Sketch of the medical history of the native army of Bombay, for the year
Year: 1876
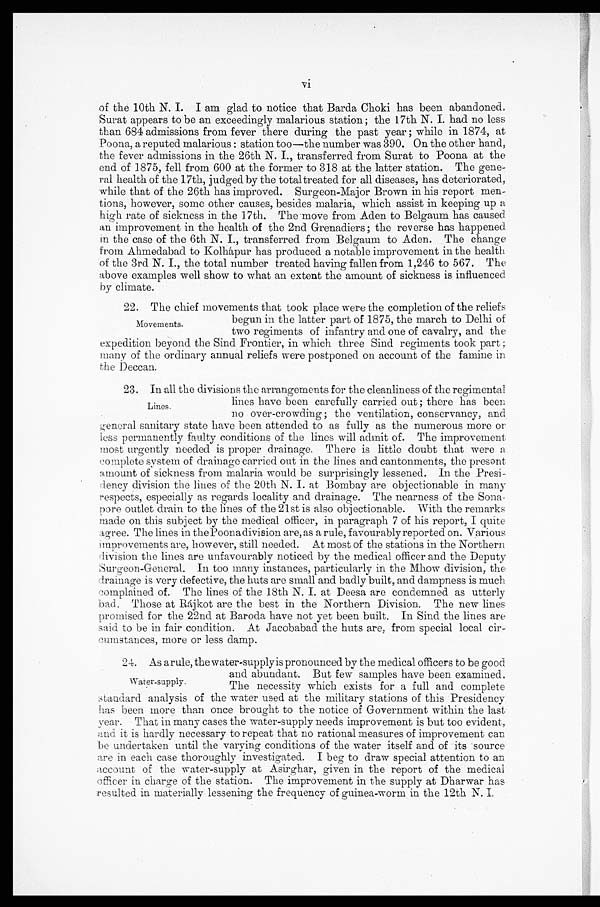
vi
of the 10th N. I. I am glad to notice that Barda Choki has been abandoned.
Surat appears to be an exceedingly malarious station; the 17th N. I. had no less
than 684 admissions from fever there during the past year ; while in 1874, at
Poona, a reputed malarious : station too—the number was 390. On the other hand,
the fever admissions in the 26th N. I., transferred from Surat to Poona at the
end of 1875, fell from 600 at the former to 318 at the latter station. The gene
-ral health of the 17th, judged by the total treated for all diseases, has deteriorated,
while that of the 26th has improved. Surgeon-Major Brown in his report men
-tions, however, some other causes, besides malaria, which assist in keeping up a
high rate of sickness in the 17th. The move from Aden to Belgaum has caused
an improvement in the health of the 2nd Grenadiers; the reverse has happened
in the case of the 6th N. I., transferred from Belgaum to Aden. The change
from Ahmedabad to Kolhápur has produced a notable improvement in the health
of the 3rd N. I., the total number treated having fallen from 1,246 to 567. The
above examples well show to what an extent the amount of sickness is influenced
by climate.
22. The chief movements that took place were the completion of the reliefs
begun in the latter part of 1875, the march to Delhi of
two regiments of infantry and one of cavalry, and the
expedition beyond the Sind Frontier, in which three Sind regiments took part ;
many of the ordinary annual reliefs were postponed on account of the famine in
the Deccan.
23. In all the divisions the arrangements for the cleanliness of the regimental
lines have been carefully carried out ; there has been
no over-crowding ; the ventilation, conservancy, and
general sanitary state have been attended to as fully as the numerous more or
less permanently faulty conditions of the lines will admit of. The improvement
most urgently needed is proper drainage. There is little doubt that were a
complete system of drainage carried out in the lines and cantonments, the present
amount of sickness from malaria would be surprisingly lessened. In the Presi
-dency division the lines of the 20th N. I. at Bombay are objectionable in many
respects, especially as regards locality and drainage. The nearness of the Sona
-pore outlet drain to the lines of the 21st is also objectionable. With the remarks
made on this subject by the medical officer, in paragraph 7 of his report, I quite
agree. The lines in the Poona division are, as a rule, favourably reported on. Various
improvements are, however, still needed. At most of the stations in the Northern
division the lines are unfavourably noticed by the medical officer and the Deputy
Surgeon-General. In too many instances, particularly in the Mhow division, the
drainage is very defective, the huts are small and badly built, and dampness is much
complained of. The lines of the 18th N. I. at Deesa are condemned as utterly
bad. Those at Rájkot are the best in the Northern Division. The new lines
promised for the 22nd at Baroda have not yet been built. In Sind the lines are
said to be in fair condition. At Jacobabad the huts are, from special local cir
-cumstances, more or less damp.
24. As a rule, the water-supply is pronounced by the medical officers to be good
and abundant. But few samples have been examined.
The necessity which exists for a full and complete
standard analysis of the water used at the military stations of this Presidency
has been more than once brought to the notice of Government within the last
year. That in many cases the water-supply needs improvement is but too evident,
and it is hardly necessary to repeat that no rational measures of improvement can
be undertaken until the varying conditions of the water itself and of its source
are in each case thoroughly investigated. I beg to draw special attention to an
account of the water-supply at Asirghar, given in the report of the medical
officer in charge of the station. The improvement in the supply at Dharwar has
resulted in materially lessening the frequency of guinea-worm in the 12th N. I.
Lines.
Water-supply.